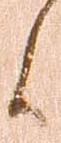
候